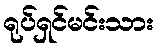
ရုပ်ရှင်မင်းသား